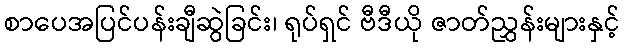
စာပေအပြင်ပန်းချီဆွဲခြင်း၊ ရုပ်ရှင် ဗီဒီယို ဇာတ်ညွှန်းများနှင့်